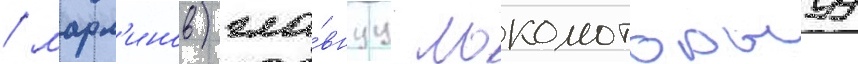
/ марл'инов) гла́внуу локомоторнуу